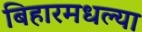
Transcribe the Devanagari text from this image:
बिहारमधल्या